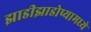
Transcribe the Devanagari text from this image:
झाडीझाडोप्यामध्ये